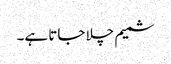
شمیم چلا جاتا ہے۔